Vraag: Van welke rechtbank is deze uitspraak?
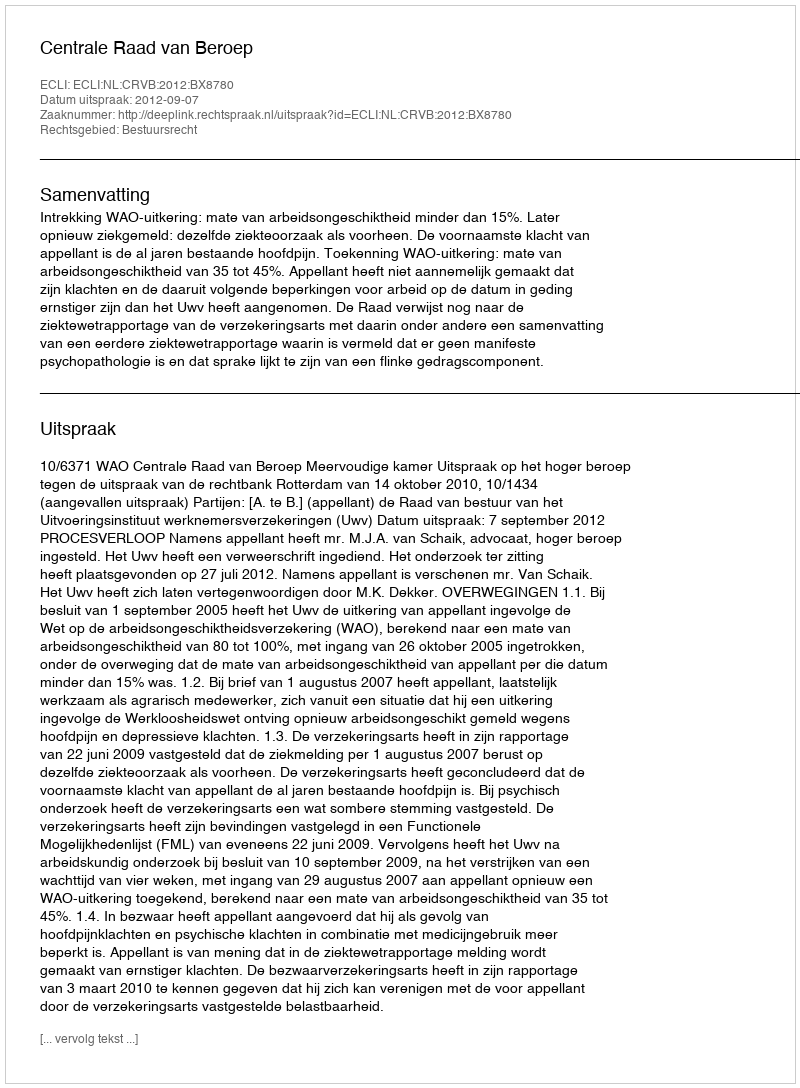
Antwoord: Centrale Raad van Beroep